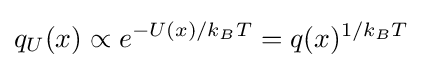
q_{U}(x)\propto e^{-U(x)/k_{B}T}=q(x)^{1/k_{B}T}